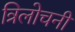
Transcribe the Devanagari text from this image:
त्रिलोचनी